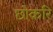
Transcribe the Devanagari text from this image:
छोकरि